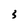
Character: 3